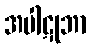
အပါဋုဘာ